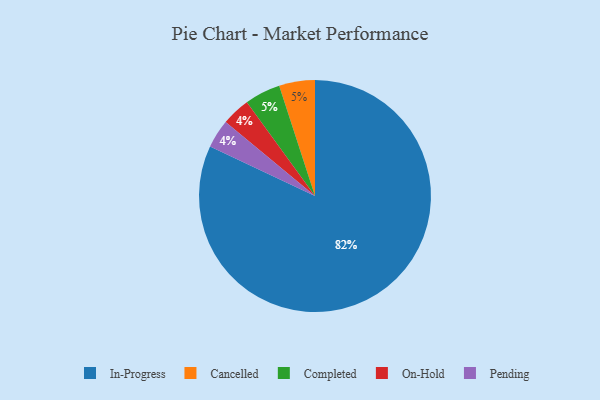
{"axis": {"x": "Category", "y": "Percentage"}, "legend": ["Cancelled", "Completed", "In-Progress", "On-Hold", "Pending"], "data": [{"x": "In-Progress", "y": 82, "type": "In-Progress"}, {"x": "On-Hold", "y": 4, "type": "On-Hold"}, {"x": "Cancelled", "y": 5, "type": "Cancelled"}, {"x": "Pending", "y": 4, "type": "Pending"}, {"x": "Completed", "y": 5, "type": "Completed"}]}